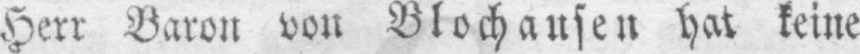
Herr Baron von Blochausen hat keine